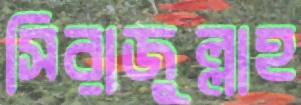
সিরাজুল্লাহ